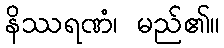
နိဿရဏံ၊ မည်၏။